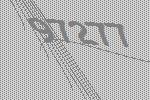
97277